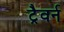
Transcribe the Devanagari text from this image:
ट्रैवर्न